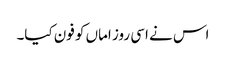
اس نے اسی روز اماں کو فون کیا۔